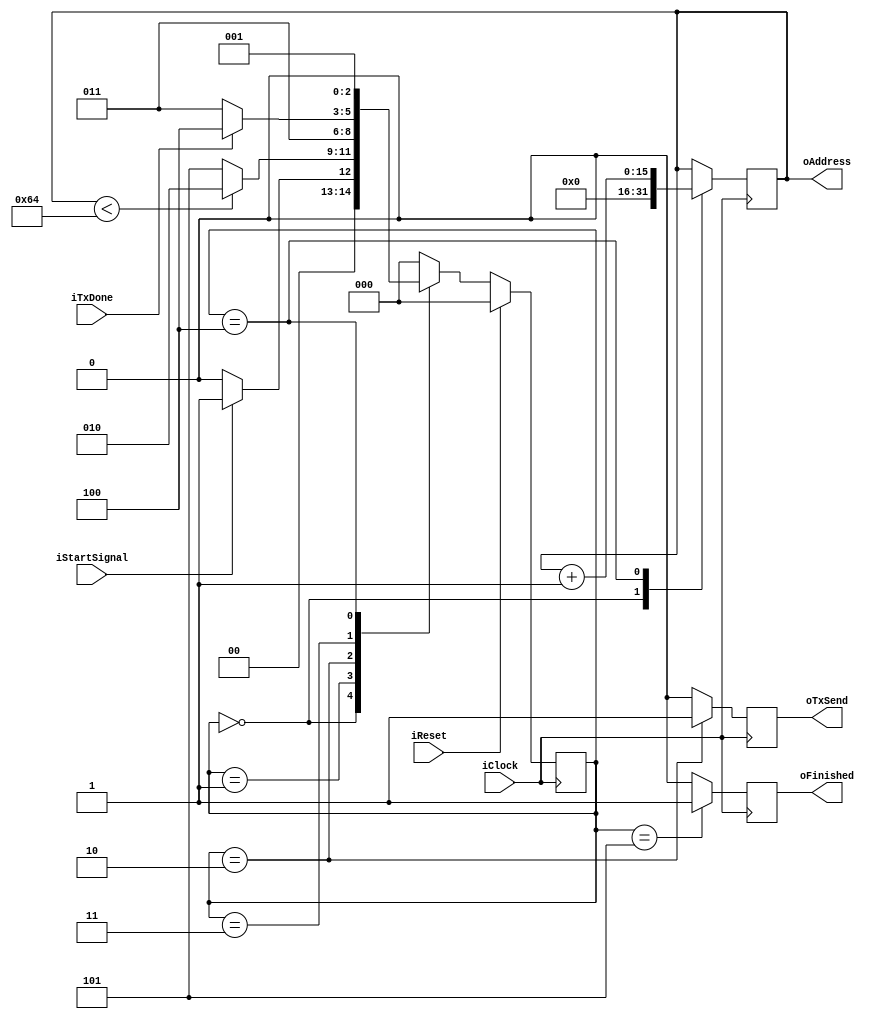
module sender(iClock, iReset, iTxDone, iStartSignal, oAddress, oFinished, oTxSend);

	parameter IDLE = 3'b000,
		SENDING = 3'b001,
		SEND_PACKET = 3'b010, // So serve para fazer o pulso de envio.
		SENDING_PACKET = 3'b011,
		INCREMENTING_ADDR = 3'b100,
		FINISHED_SENDING = 3'b101;
	
	input iClock;
	input iReset;
	input iTxDone;
	input iStartSignal;
	output oTxSend;
	output oFinished;
	output [15:0] oAddress;
	
	reg [2:0] state = IDLE;
	wire [2:0] next_state;
	
	assign next_state = fsm_function(state, oAddress, iTxDone, iStartSignal);
	
	function [2:0] fsm_function(input [2:0] state, input [15:0] current_address,
		input tx_done, input sampling_finished);
		case (state)
		IDLE:
			if (sampling_finished) begin
				fsm_function = SENDING;
			end else begin
				fsm_function = IDLE;
			end
		SENDING:
			if (current_address < 16'd100) begin
				fsm_function = SEND_PACKET;
			end else begin
				fsm_function = FINISHED_SENDING; // Acabou de enviar os dados.
			end
		SEND_PACKET:
			fsm_function = SENDING_PACKET;
		SENDING_PACKET:
			if (tx_done) begin
				fsm_function = INCREMENTING_ADDR;
			end else begin
				fsm_function = SENDING_PACKET;
			end
		INCREMENTING_ADDR:
			fsm_function = SENDING;
		FINISHED_SENDING:
			fsm_function = IDLE;
		default:
			fsm_function = IDLE;
		endcase
		
	endfunction

always@ (posedge iClock) begin
	if (iReset) begin
		state <= IDLE;
	end else begin
		state <= next_state;
	end
end

always@ (posedge iClock) begin
	oTxSend <= 0;
	oFinished <= 0;
	case (state)
	IDLE: begin
		oAddress <= 16'h0;
	end
	SENDING: begin
	end
	SEND_PACKET: begin
		oTxSend <= 1;
	end
	SENDING_PACKET: begin
	end
	INCREMENTING_ADDR: begin
		oAddress <= oAddress + 16'b1;
	end
	FINISHED_SENDING: begin
		oFinished <= 1;
	end
	default: begin
	end
	endcase
end
	
endmodule